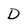
Character: D